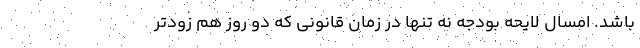
باشد. امسال لایحه بودجه نه تنها در زمان قانونی که دو روز هم زودتر